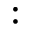
: